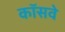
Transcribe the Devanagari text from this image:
कॉसवे